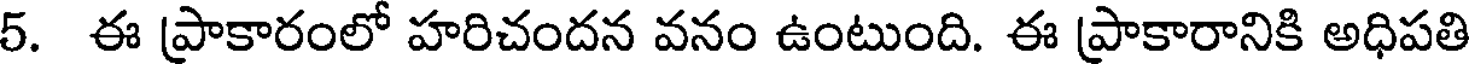
5. ఈ ప్రాకారంలో హరిచందన వనం ఉంటుంది. ఈ ప్రాకారానికి అధిపతి